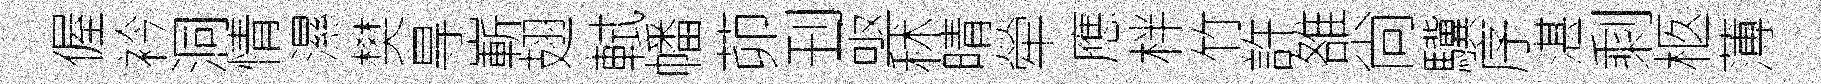
偓衿洞情濕樊㝵嶄翅軾幡茆刊亟秫晴犖應柈竹許雒尙驥序湛剩柩薄